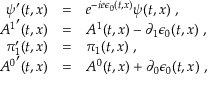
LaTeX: \begin{array} { r c l } { { \psi ^ { \prime } ( t , x ) } } & { { = } } & { { e ^ { - i e \epsilon _ { 0 } ( t , x ) } \psi ( t , x ) \ , } } \\ { { { A ^ { 1 } } ^ { \prime } ( t , x ) } } & { { = } } & { { A ^ { 1 } ( t , x ) - \partial _ { 1 } \epsilon _ { 0 } ( t , x ) \ , } } \\ { { \pi _ { 1 } ^ { \prime } ( t , x ) } } & { { = } } & { { \pi _ { 1 } ( t , x ) \ , \ } } \\ { { { A ^ { 0 } } ^ { \prime } ( t , x ) } } & { { = } } & { { A ^ { 0 } ( t , x ) + \partial _ { 0 } \epsilon _ { 0 } ( t , x ) \ , } } \end{array}